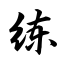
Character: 练